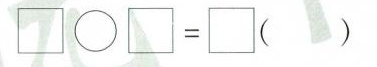
$$\Box \big circ \Box = \Box$$